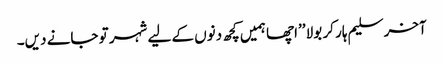
آخر سلیم ہار کر بولا ’’اچھا ہمیں کچھ دنوں کے لیے شہر تو جانے دیں۔